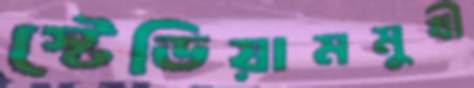
স্টেডিয়ামমুখী